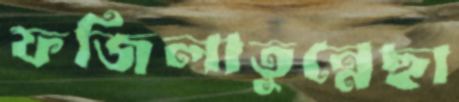
ফজিলাতুন্নেছা